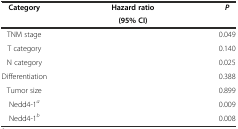
<table><thead><tr><td><b>Category</b></td><td><b>Hazard ratio</b></td><td><b><i>P</i></b></td></tr><tr><td>[EMPTY_CELL]</td><td><b>(95% CI)</b></td><td>[EMPTY_CELL]</td></tr></thead><tbody><tr><td>TNM stage</td><td>[EMPTY_CELL]</td><td>0.049</td></tr><tr><td>T category</td><td>[EMPTY_CELL]</td><td>0.140</td></tr><tr><td>N category</td><td>[EMPTY_CELL]</td><td>0.025</td></tr><tr><td>Differentiation</td><td>[EMPTY_CELL]</td><td>0.388</td></tr><tr><td>Tumor size</td><td>[EMPTY_CELL]</td><td>0.899</td></tr><tr><td>Nedd4-1<sup><i>a</i></sup></td><td>[EMPTY_CELL]</td><td>0.009</td></tr><tr><td>Nedd4-1<sup><i>b</i></sup></td><td>[EMPTY_CELL]</td><td>0.008</td></tr></tbody></table>